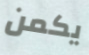
يكمن